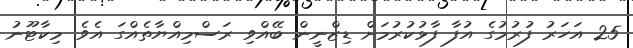
25 އަހަރު ފުރުމުގެ އުފާ ފާޅުކުރުމަށް ޑިޒްނީން ބޭއްވި ރަސްމިއްޔާތެއްގަ އެވެ. މިކާޓޫނު